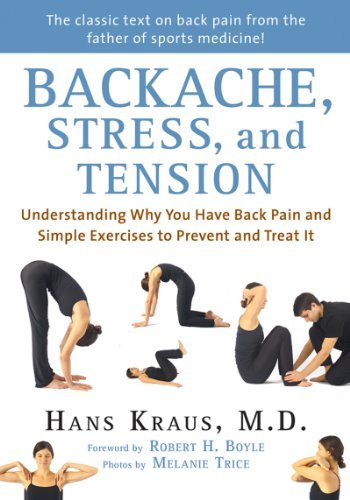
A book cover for Backache, Stress, and Tension: Understanding Why You Have Back Pain and Simple Exercises to Prevent and Treat It [Paperback] [2012] (Author) Hans Kraus, Melanie Trice, Robert H. Boyle; Health, Fitness & Dieting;